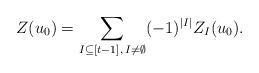
LaTeX: \begin{align*} Z(u_0) = \sum_{I \subseteq [t-1],\, I \neq \emptyset}(-1)^{|I|} Z_I(u_0). \end{align*}